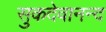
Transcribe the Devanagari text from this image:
सुकदेवानन्द